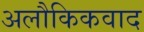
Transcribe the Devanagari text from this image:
अलौकिकवाद